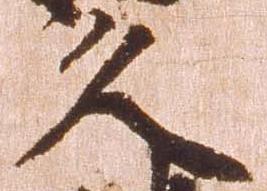
久